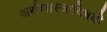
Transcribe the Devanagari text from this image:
अर्थशास्त्राविषयी